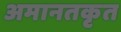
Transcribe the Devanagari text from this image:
अमानतकृत